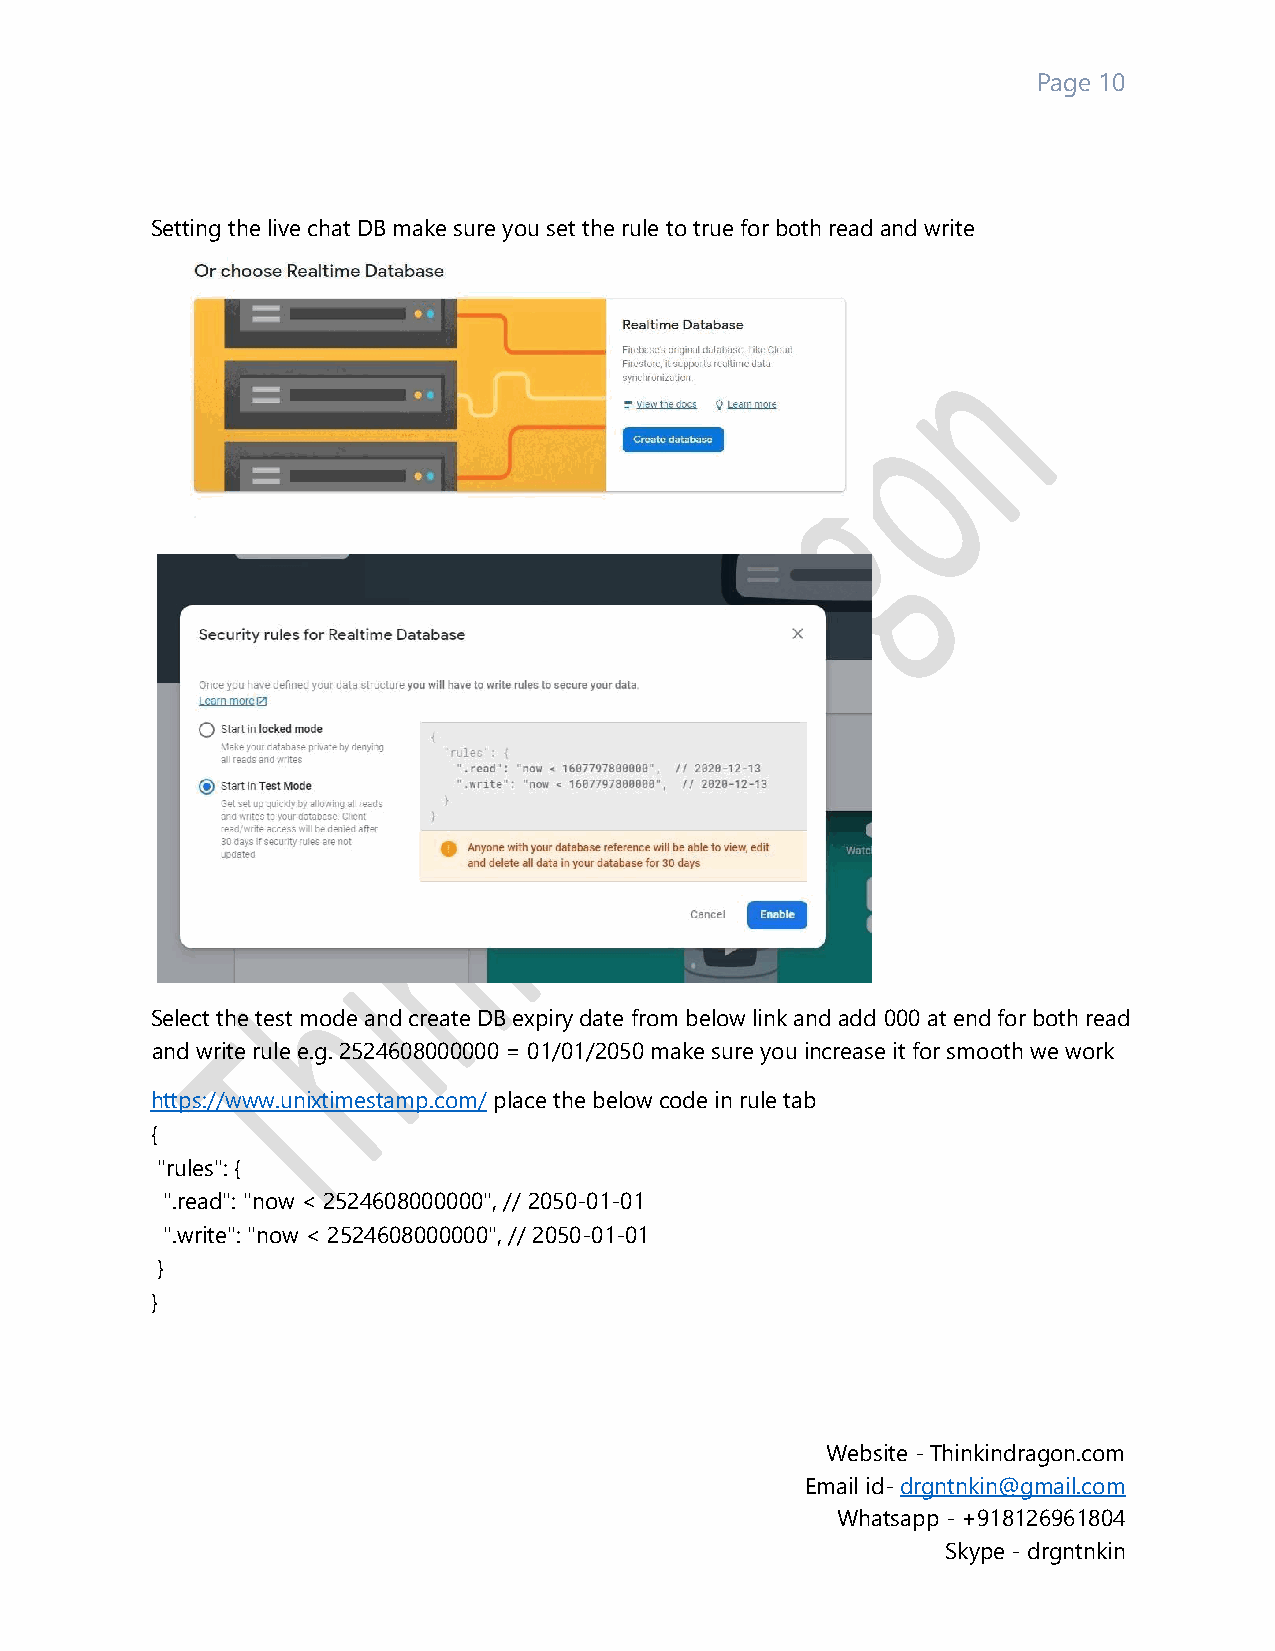
Page 10
 Setting the live chat DB make sure you set the rule to true for both read and write
 Select the test mode and create DB expiry date from below link and add 000 at end for both read
 and write rule e.g. 2524608000000 = 01/01/2050 make sure you increase it for smooth we work
 https://www.unixtimestamp.com/ place the below code in rule tab
 {
 "rules": {
 ".read": "now < 2524608000000", // 2050-01-01
 ".write": "now < 2524608000000", // 2050-01-01
 }
 }
 Website - Thinkindragon.com
 Email id- drgntnkin@gmail.com
 Whatsapp - +918126961804
 Skype - drgntnkin